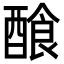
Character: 𨢁